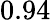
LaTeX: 0.94